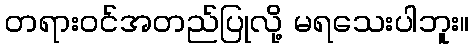
တရားဝင်အတည်ပြုလို့ မရသေးပါဘူး။